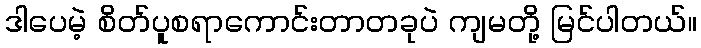
ဒါပေမဲ့ စိတ်ပူစရာကောင်းတာတခုပဲ ကျမတို့ မြင်ပါတယ်။